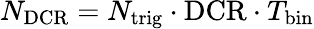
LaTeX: N_{\mathrm{DCR}}=N_{\mathrm{trig}}\cdot\mathrm{DCR}\cdot T_{\mathrm{bin}}